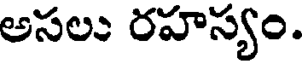
అసలు రహస్యం.